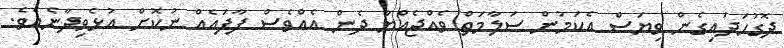
ދޮގުހަދައިގެން ވިޔަސް އެކަމުން ސަލާމަތް ވެއްޖެއްޔާ ދެން އެއްވެސް ފާފައެއް ނުކޮށް އުޅެވިދާނެއެވެ.